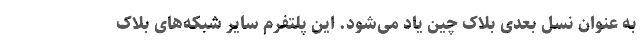
به عنوان نسل بعدی بلاک چین یاد می‌شود. این پلتفرم سایر شبکه‌های بلاک